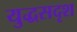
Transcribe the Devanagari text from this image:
युद्धसदृश